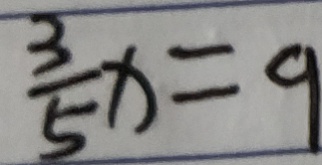
\frac { 3 } { 5 } x = 9